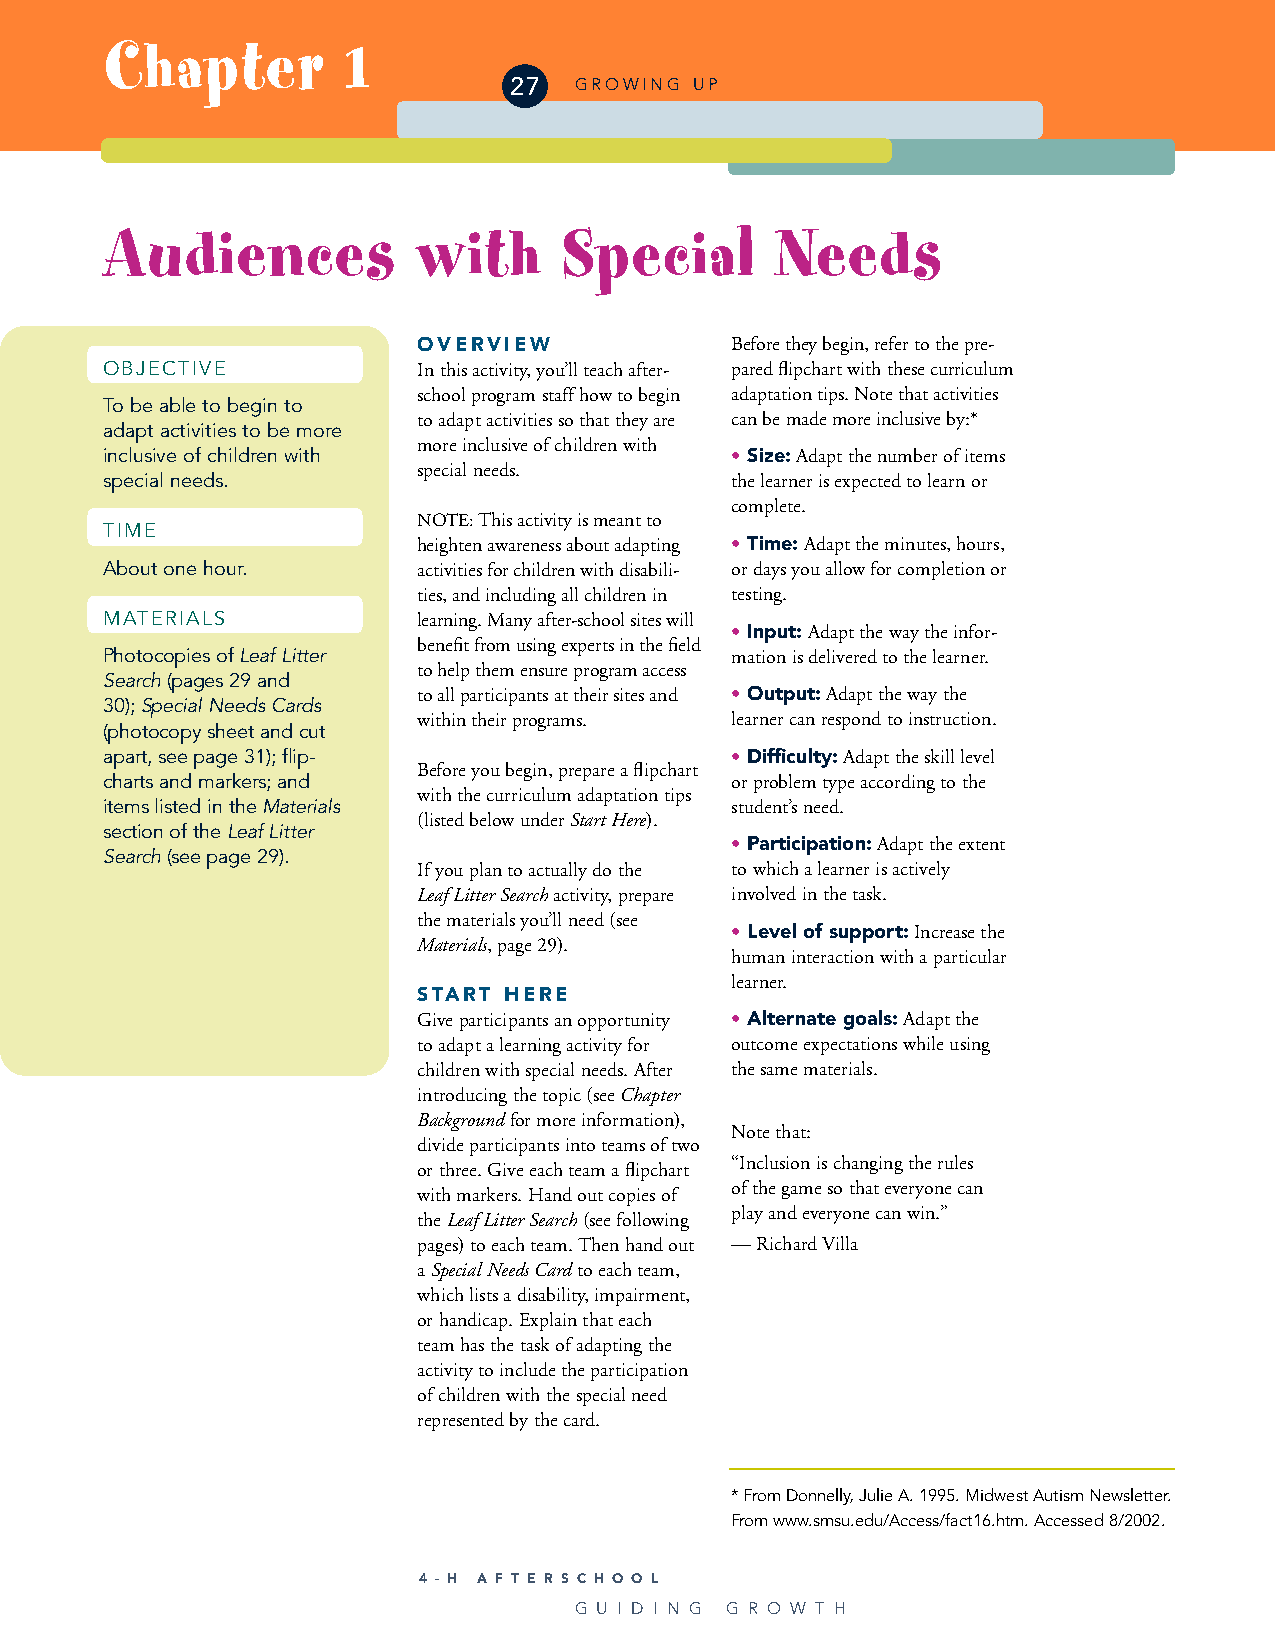
Chapter         1
 27  GROWING UP
 Audiences            with     Special       Needs
 OVERVIEW            Before they begin, refer to the pre-
 OBJECTIVE            In this activity, you’ll teach after- pared flipchart with these curriculum
 school program staff how to begin adaptation tips. Note that activities
 To be able to begin to
 to adapt activities so that they are can be made more inclusive by:*
 adapt activities to be more
 more inclusive of children with
 inclusive of children with               • Size:Adapt the number of items
 special needs.
 special needs.                           the learner is expected to learn or
 complete.
 NOTE:This activity is meant to
 TIME
 heighten awareness about adapting • Time:Adapt the minutes, hours,
 About one hour.      activities for children with disabili- or days you allow for completion or
 ties, and including all children in testing.
 MATERIALS            learning. Many after-school sites will
 • Input:Adapt the way the infor-
 benefit from using experts in the field
 Photocopies of Leaf Litter               mation is delivered to the learner.
 to help them ensure program access
 Search(pages 29 and
 to all participants at their sites and • Output:Adapt the way the
 30); Special Needs Cards
 within their programs. learner can respond to instruction.
 (photocopy sheet and cut
 apart, see page 31); flip-               • Difficulty:Adapt the skill level
 Before you begin, prepare a flipchart
 charts and markers; and                  or problem type according to the
 with the curriculum adaptation tips
 items listed in the Materials            student’s need.
 (listed below under Start Here).
 section of the Leaf Litter
 • Participation:Adapt the extent
 Search(see page 29).
 If you plan to actually do the to which a learner is actively
 Leaf Litter Searchactivity, prepare involved in the task.
 the materials you’ll need (see
 • Level of support:Increase the
 Materials, page 29).
 human interaction with a particular
 learner.
 START HERE
 Give participants an opportunity • Alternate goals:Adapt the
 to adapt a learning activity for outcome expectations while using
 children with special needs. After the same materials.
 introducing the topic (see Chapter
 Backgroundfor more information),
 Note that:
 divide participants into teams of two
 “Inclusion is changing the rules
 or three. Give each team a flipchart
 of the game so that everyone can
 with markers. Hand out copies of
 play and everyone can win.”
 the Leaf Litter Search(see following
 pages) to each team. Then hand out — Richard Villa
 a Special Needs Cardto each team,
 which lists a disability, impairment,
 or handicap. Explain that each
 team has the task of adapting the
 activity to include the participation
 of children with the special need
 represented by the card.
 * From Donnelly, Julie A. 1995. Midwest Autism Newsletter.
 From www.smsu.edu/Access/fact16.htm. Accessed 8/2002.
 4 - H A F T E R S C H O O L
 G U I D I N G G R O W T H